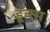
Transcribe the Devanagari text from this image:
डूक्स